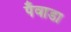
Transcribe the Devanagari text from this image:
पँवाडा